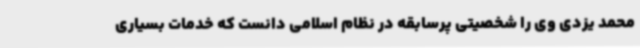
محمد یزدی وی را شخصیتی پرسابقه در نظام اسلامی دانست که خدمات بسیاری